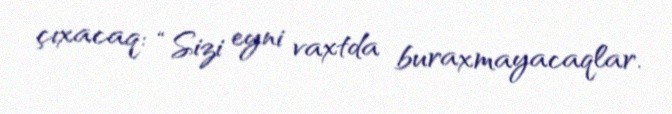
çıxacaq: “Sizi eyni vaxtda buraxmayacaqlar.